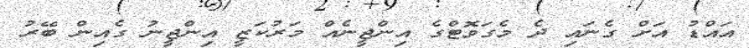
އައްޑު އަށް ގެނައި ދެ މެގަވޮޓްގެ އިންޖީނެއް މަރުކަޒީ އިންޖީނު ގެއިން ބޭރު